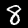
Digit: 8